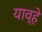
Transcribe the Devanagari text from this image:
याव्‍हे